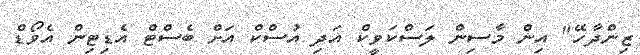
ޒިންދާހޭ" އިން މާސިން ލަސްކަވީކް އަދި އުސްކް އަށް ބެސްޓް އެޑިޓިން އެވޯޑް